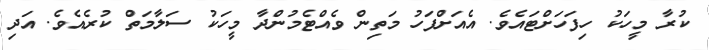
ކުރާ މީހަކު ހިފަހަށްޓައެވެ. އެއަށްފަހު މަތިން ވެއްޓެމުންދާ މީހަކު ސަލާމަތް ކުރެއެވެ. އަދި